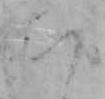
ち